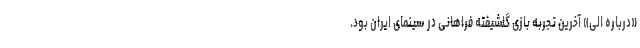
«درباره الی» آخرین تجربه بازی گلشیفته فراهانی در سینمای ایران بود.